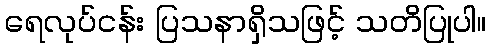
ရေလုပ်ငန်း ပြသနာရှိသဖြင့် သတိပြုပါ။